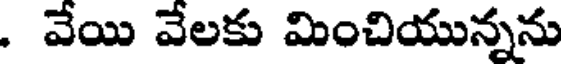
. వేయి వేలకు మించియున్నను